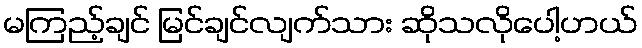
မကြည့်ချင် မြင်ချင်လျက်သား ဆိုသလိုပေါ့ဟယ်